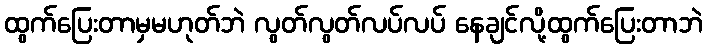
ထွက်ပြေးတာမှမဟုတ်ဘဲ လွတ်လွတ်လပ်လပ် နေချင်လို့ထွက်ပြေးတာဘဲ